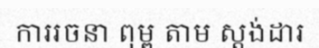
ការរចនា ពុម្ព តាម ស្តង់ដារ